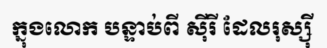
ក្នុងលោក បន្ទាប់ពី ស៊ីរី ដែលរុស្ស៊ី